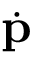
\dot { \mathbf { p } }